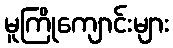
မူကြိုကျောင်းများ